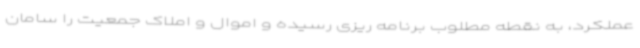
عملکرد، به نقطه مطلوب برنامه ریزی رسیده و اموال و املاک جمعیت را سامان